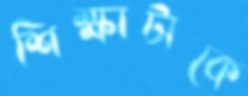
শিক্ষাটাকে